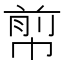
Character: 𢃬